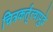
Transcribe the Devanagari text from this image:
चित्रकर्तृत्वापुढे